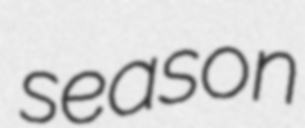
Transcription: season